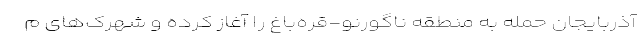
آذربایجان حمله به منطقه ناگورنو-قره‌باغ را آغاز کرده و شهرک‌های م